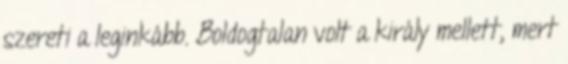
szereti a leginkább. Boldogtalan volt a király mellett, mert